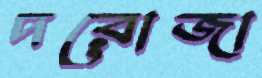
দরোজা